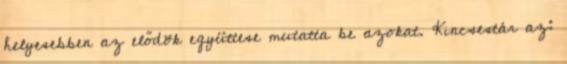
helyesebben az elődök együttese mutatta be azokat. Kincsestár az: